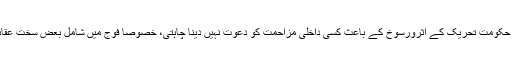
ایک سرکاری اہلکار کے مطابق اس کی وجہ یہ تھی کہ حکومت تحریک کے اثرورسوخ کے باعث کسی داخلی مزاحمت کو دعوت نہیں دینا چاہتی، خصوصا فوج میں شامل بعض سخت عقائد کے حامل افراد کے ردعمل کا خوف ایک اہم وجہ ہے۔